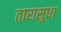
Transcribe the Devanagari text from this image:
तारासुधा